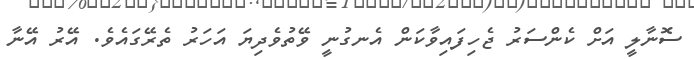
ސޮނާލީ އަށް ކެންސަރު ޖެހިފައިވާކަން އެނގުނީ ވޭތުވެދިޔަ އަހަރު ތެރޭގައެވެ. އޭރު އޭނާ